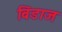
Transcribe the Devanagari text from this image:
विंडाज